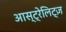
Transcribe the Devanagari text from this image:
आस्ट्रेलिट्ज़